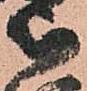
被